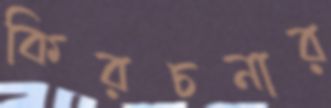
কিরচনার